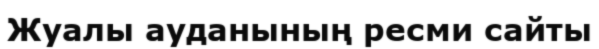
Жуалы ауданының ресми сайты